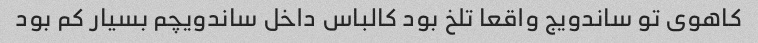
کاهوی تو ساندویج واقعا تلخ بود کالباس داخل ساندویچم بسیار کم بود